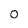
Character: 0